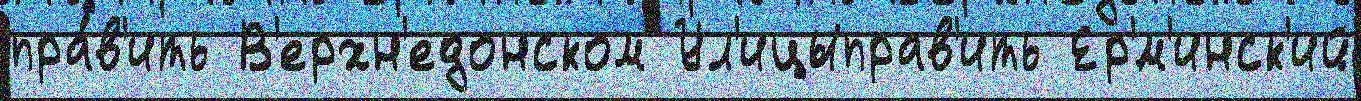
пра́в'ить В'ерхн'едонском Ул'ицыправ'ить Ер'́м'инск'ий